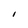
Character: I